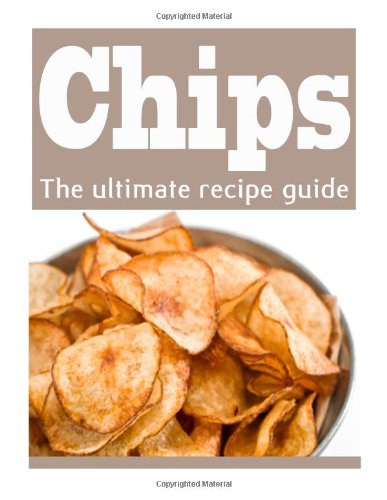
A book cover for Homemade Potato Chips :The Ultimate Recipe Guide - Over 30 Delicious & Best Selling Recipes; Danielle Caples; Cookbooks, Food & Wine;